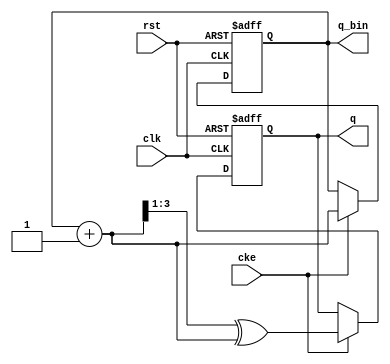
//////////////////////////////////////////////////////////////////////
////                                                              ////
////  Versatile counter                                           ////
////                                                              ////
////  Description                                                 ////
////  Versatile counter, a reconfigurable binary, gray or LFSR    ////
////  counter                                                     ////
////                                                              ////
////  To Do:                                                      ////
////   - add LFSR with more taps                                  ////
////                                                              ////
////  Author(s):                                                  ////
////      - Michael Unneback, unneback@opencores.org              ////
////        ORSoC AB                                              ////
////                                                              ////
//////////////////////////////////////////////////////////////////////
////                                                              ////
//// Copyright (C) 2009 Authors and OPENCORES.ORG                 ////
////                                                              ////
//// This source file may be used and distributed without         ////
//// restriction provided that this copyright statement is not    ////
//// removed from the file and that any derivative work contains  ////
//// the original copyright notice and the associated disclaimer. ////
////                                                              ////
//// This source file is free software; you can redistribute it   ////
//// and/or modify it under the terms of the GNU Lesser General   ////
//// Public License as published by the Free Software Foundation; ////
//// either version 2.1 of the License, or (at your option) any   ////
//// later version.                                               ////
////                                                              ////
//// This source is distributed in the hope that it will be       ////
//// useful, but WITHOUT ANY WARRANTY; without even the implied   ////
//// warranty of MERCHANTABILITY or FITNESS FOR A PARTICULAR      ////
//// PURPOSE.  See the GNU Lesser General Public License for more ////
//// details.                                                     ////
////                                                              ////
//// You should have received a copy of the GNU Lesser General    ////
//// Public License along with this source; if not, download it   ////
//// from http://www.opencores.org/lgpl.shtml                     ////
////                                                              ////
//////////////////////////////////////////////////////////////////////

// GRAY counter
module adr_gen ( cke, q, q_bin, rst, clk);

   parameter length = 4;
   input cke;
   output reg [length:1] q;
   output [length:1] q_bin;
   input rst;
   input clk;


   reg  [length:1] qi;
   wire [length:1] q_next;
   assign q_next = qi + {{length-1{1'b0}},1'b1};

   always @ (posedge clk or posedge rst)
     if (rst)
       qi <= {length{1'b0}};
     else
     if (cke)
       qi <= q_next;

   always @ (posedge clk or posedge rst)
     if (rst)
       q <= {length{1'b0}};
     else
       if (cke)
         q <= (q_next>>1) ^ q_next;

   assign q_bin = qi;

endmodule
// true dual port RAM, sync

 
	 

module vfifo_dual_port_ram_dc_dw
  (
   d_a,
   q_a,
   adr_a, 
   we_a,
   clk_a,
   q_b,
   adr_b,
   d_b, 
   we_b,
   clk_b
   );
   parameter DATA_WIDTH = 32;
   parameter ADDR_WIDTH = 8;
   input [(DATA_WIDTH-1):0]      d_a;
   input [(ADDR_WIDTH-1):0] 	 adr_a;
   input [(ADDR_WIDTH-1):0] 	 adr_b;
   input 			 we_a;
   output [(DATA_WIDTH-1):0] 	 q_b;
   input [(DATA_WIDTH-1):0] 	 d_b;
   output reg [(DATA_WIDTH-1):0] q_a;
   input 			 we_b;
   input 			 clk_a, clk_b;
   reg [(DATA_WIDTH-1):0] 	 q_b;   
   reg [DATA_WIDTH-1:0] ram [(1<<ADDR_WIDTH)-1:0] /*synthesis syn_ramstyle = "no_rw_check"*/;
   always @ (posedge clk_a)
     begin 
	q_a <= ram[adr_a];
	if (we_a)
	     ram[adr_a] <= d_a;
     end 
   always @ (posedge clk_b)
     begin 
	  q_b <= ram[adr_b];
	if (we_b)
	  ram[adr_b] <= d_b;
     end
endmodule 
//////////////////////////////////////////////////////////////////////
////                                                              ////
////  Versatile counter                                           ////
////                                                              ////
////  Description                                                 ////
////  Versatile counter, a reconfigurable binary, gray or LFSR    ////
////  counter                                                     ////
////                                                              ////
////  To Do:                                                      ////
////   - add LFSR with more taps                                  ////
////                                                              ////
////  Author(s):                                                  ////
////      - Michael Unneback, unneback@opencores.org              ////
////        ORSoC AB                                              ////
////                                                              ////
//////////////////////////////////////////////////////////////////////
////                                                              ////
//// Copyright (C) 2009 Authors and OPENCORES.ORG                 ////
////                                                              ////
//// This source file may be used and distributed without         ////
//// restriction provided that this copyright statement is not    ////
//// removed from the file and that any derivative work contains  ////
//// the original copyright notice and the associated disclaimer. ////
////                                                              ////
//// This source file is free software; you can redistribute it   ////
//// and/or modify it under the terms of the GNU Lesser General   ////
//// Public License as published by the Free Software Foundation; ////
//// either version 2.1 of the License, or (at your option) any   ////
//// later version.                                               ////
////                                                              ////
//// This source is distributed in the hope that it will be       ////
//// useful, but WITHOUT ANY WARRANTY; without even the implied   ////
//// warranty of MERCHANTABILITY or FITNESS FOR A PARTICULAR      ////
//// PURPOSE.  See the GNU Lesser General Public License for more ////
//// details.                                                     ////
////                                                              ////
//// You should have received a copy of the GNU Lesser General    ////
//// Public License along with this source; if not, download it   ////
//// from http://www.opencores.org/lgpl.shtml                     ////
////                                                              ////
//////////////////////////////////////////////////////////////////////

module dff_sr ( aclr, aset, clock, data, q);

    input	  aclr;
    input	  aset;
    input	  clock;
    input	  data;
    output reg	  q;

   always @ (posedge clock or posedge aclr or posedge aset)
     if (aclr)
       q <= 1'b0;
     else if (aset)
       q <= 1'b1;
     else
       q <= data;

endmodule
//////////////////////////////////////////////////////////////////////
////                                                              ////
////  Versatile counter                                           ////
////                                                              ////
////  Description                                                 ////
////  Versatile counter, a reconfigurable binary, gray or LFSR    ////
////  counter                                                     ////
////                                                              ////
////  To Do:                                                      ////
////   - add LFSR with more taps                                  ////
////                                                              ////
////  Author(s):                                                  ////
////      - Michael Unneback, unneback@opencores.org              ////
////        ORSoC AB                                              ////
////                                                              ////
//////////////////////////////////////////////////////////////////////
////                                                              ////
//// Copyright (C) 2009 Authors and OPENCORES.ORG                 ////
////                                                              ////
//// This source file may be used and distributed without         ////
//// restriction provided that this copyright statement is not    ////
//// removed from the file and that any derivative work contains  ////
//// the original copyright notice and the associated disclaimer. ////
////                                                              ////
//// This source file is free software; you can redistribute it   ////
//// and/or modify it under the terms of the GNU Lesser General   ////
//// Public License as published by the Free Software Foundation; ////
//// either version 2.1 of the License, or (at your option) any   ////
//// later version.                                               ////
////                                                              ////
//// This source is distributed in the hope that it will be       ////
//// useful, but WITHOUT ANY WARRANTY; without even the implied   ////
//// warranty of MERCHANTABILITY or FITNESS FOR A PARTICULAR      ////
//// PURPOSE.  See the GNU Lesser General Public License for more ////
//// details.                                                     ////
////                                                              ////
//// You should have received a copy of the GNU Lesser General    ////
//// Public License along with this source; if not, download it   ////
//// from http://www.opencores.org/lgpl.shtml                     ////
////                                                              ////
//////////////////////////////////////////////////////////////////////

module versatile_fifo_async_cmp ( wptr, rptr, fifo_empty, fifo_full, wclk, rclk, rst );

   parameter ADDR_WIDTH = 4;   
   parameter N = ADDR_WIDTH-1;

   parameter Q1 = 2'b00;
   parameter Q2 = 2'b01;
   parameter Q3 = 2'b11;
   parameter Q4 = 2'b10;

   parameter going_empty = 1'b0;
   parameter going_full  = 1'b1;
   
   input [N:0]  wptr, rptr;   
   output reg	fifo_empty;
   output       fifo_full;
   input 	wclk, rclk, rst;   

    
    

 
   reg direction;

   reg 	direction_set, direction_clr;
   
   wire async_empty, async_full;
   wire fifo_full2;
   reg  fifo_empty2;   
   
   // direction_set
   always @ (wptr[N:N-1] or rptr[N:N-1])
     case ({wptr[N:N-1],rptr[N:N-1]})
       {Q1,Q2} : direction_set <= 1'b1;
       {Q2,Q3} : direction_set <= 1'b1;
       {Q3,Q4} : direction_set <= 1'b1;
       {Q4,Q1} : direction_set <= 1'b1;
       default : direction_set <= 1'b0;
     endcase

   // direction_clear
   always @ (wptr[N:N-1] or rptr[N:N-1] or rst)
     if (rst)
       direction_clr <= 1'b1;
     else
       case ({wptr[N:N-1],rptr[N:N-1]})
	 {Q2,Q1} : direction_clr <= 1'b1;
	 {Q3,Q2} : direction_clr <= 1'b1;
	 {Q4,Q3} : direction_clr <= 1'b1;
	 {Q1,Q4} : direction_clr <= 1'b1;
	 default : direction_clr <= 1'b0;
       endcase

 
          


 
   always @ (posedge direction_set or posedge direction_clr)
     if (direction_clr)
       direction <= going_empty;
     else
       direction <= going_full;


   assign async_empty = (wptr == rptr) && (direction==going_empty);
   assign async_full  = (wptr == rptr) && (direction==going_full);

    dff_sr dff_sr_empty0( .aclr(rst), .aset(async_full), .clock(wclk), .data(async_full), .q(fifo_full2));
    dff_sr dff_sr_empty1( .aclr(rst), .aset(async_full), .clock(wclk), .data(fifo_full2), .q(fifo_full));

/*
   always @ (posedge wclk or posedge rst or posedge async_full)
     if (rst)
       {fifo_full, fifo_full2} <= 2'b00;
     else if (async_full)
       {fifo_full, fifo_full2} <= 2'b11;
     else
       {fifo_full, fifo_full2} <= {fifo_full2, async_full};
*/
   always @ (posedge rclk or posedge async_empty)
     if (async_empty)
       {fifo_empty, fifo_empty2} <= 2'b11;
     else
       {fifo_empty,fifo_empty2} <= {fifo_empty2,async_empty};   

endmodule // async_comp
module async_fifo_dw_simplex_top (
	// a side
    a_d, a_wr, a_fifo_full,
    a_q, a_rd, a_fifo_empty, 
	a_clk, a_rst,
	// b side
    b_d, b_wr, b_fifo_full,
    b_q, b_rd, b_fifo_empty, 
	b_clk, b_rst	
    );
    
parameter data_width = 18;
parameter addr_width = 4;

// a side
input  [data_width-1:0] a_d;
input                   a_wr;
output                  a_fifo_full;
output [data_width-1:0] a_q;
input                   a_rd;
output                  a_fifo_empty;
input                   a_clk;
input                   a_rst;

// b side
input  [data_width-1:0] b_d;
input                   b_wr;
output                  b_fifo_full;
output [data_width-1:0] b_q;
input                   b_rd;
output                  b_fifo_empty;
input                   b_clk;
input                   b_rst;

// adr_gen
wire [addr_width:1] a_wadr, a_wadr_bin, a_radr, a_radr_bin;
wire [addr_width:1] b_wadr, b_wadr_bin, b_radr, b_radr_bin;
// dpram
wire [addr_width:0] a_dpram_adr, b_dpram_adr;

adr_gen
    # ( .length(addr_width))
    fifo_a_wr_adr( .cke(a_wr), .q(a_wadr), .q_bin(a_wadr_bin), .rst(a_rst), .clk(a_clk));
    
adr_gen
    # (.length(addr_width))
    fifo_a_rd_adr( .cke(a_rd), .q(a_radr), .q_bin(a_radr_bin), .rst(a_rst), .clk(a_clk));

adr_gen
    # ( .length(addr_width))
    fifo_b_wr_adr( .cke(b_wr), .q(b_wadr), .q_bin(b_wadr_bin), .rst(b_rst), .clk(b_clk));
    
adr_gen
    # (.length(addr_width))
    fifo_b_rd_adr( .cke(b_rd), .q(b_radr), .q_bin(b_radr_bin), .rst(b_rst), .clk(b_clk));

// mux read or write adr to DPRAM
assign a_dpram_adr = (a_wr) ? {1'b0,a_wadr_bin} : {1'b1,a_radr_bin};
assign b_dpram_adr = (b_wr) ? {1'b1,b_wadr_bin} : {1'b0,b_radr_bin};

vfifo_dual_port_ram_dc_dw
    # (.DATA_WIDTH(data_width), .ADDR_WIDTH(addr_width+1))
    dpram ( .d_a(a_d), .q_a(a_q), .adr_a(a_dpram_adr), .we_a(a_wr), .clk_a(a_clk), 
            .d_b(b_d), .q_b(b_q), .adr_b(b_dpram_adr), .we_b(b_wr), .clk_b(b_clk));

versatile_fifo_async_cmp
    # (.ADDR_WIDTH(addr_width))
    cmp1 ( .wptr(a_wadr), .rptr(b_radr), .fifo_empty(b_fifo_empty), .fifo_full(a_fifo_full), .wclk(a_clk), .rclk(b_clk), .rst(a_rst) );

versatile_fifo_async_cmp
    # (.ADDR_WIDTH(addr_width))
    cmp2 ( .wptr(b_wadr), .rptr(a_radr), .fifo_empty(a_fifo_empty), .fifo_full(b_fifo_full), .wclk(b_clk), .rclk(a_clk), .rst(b_rst) );

endmodule